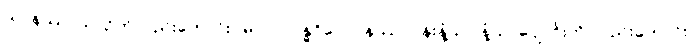
ယာနဿ၊ ယာဉ်ကိုလည်းကောင်း။ မာလာဂန္ဓဝိလေပနဿ၊ ပန်းနံ့သာ နံ့သာပျောင်းကို လည်းကောင်း။